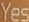
Yes